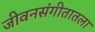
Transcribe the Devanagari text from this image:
जीवनसंगीतातला